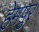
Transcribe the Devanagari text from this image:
हेमपुर